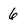
Character: 6